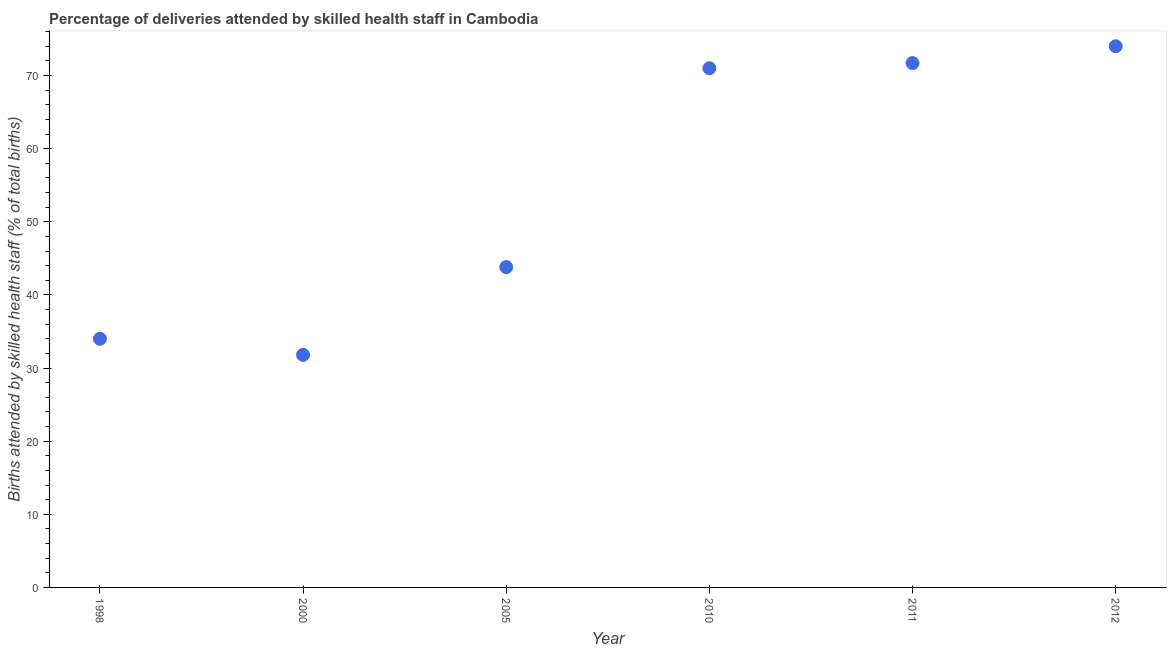
| Year | Births attended by skilled health staff |
 | --- | --- |
 | 1998 | 34 |
 | 2000 | 31.8 |
 | 2005 | 43.8 |
 | 2010 | 71 |
 | 2011 | 71.7 |
 | 2012 | 74 |